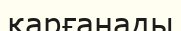
қарғанады